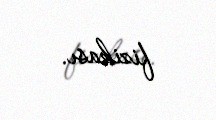
fizikası.